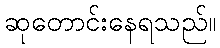
ဆုတောင်းနေရသည်။